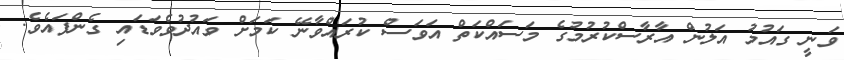
ވަނީ ގައުމު އަލުން އާރާސްކުރުމުގެ މަސައްކަތް އަވަސް ކުރައްވާނޭ ކަމަށް ވައުދުވެވަޑައި ގެންފައެވެ.